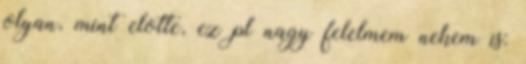
olyan, mint elotte, ez pl nagy felelmem nekem is: